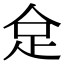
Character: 𠈮